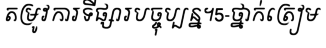
តម្រូវការទីផ្សារបច្ចុប្បន្ន។5-ថ្នាក់ត្រៀម